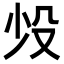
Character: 𬆠